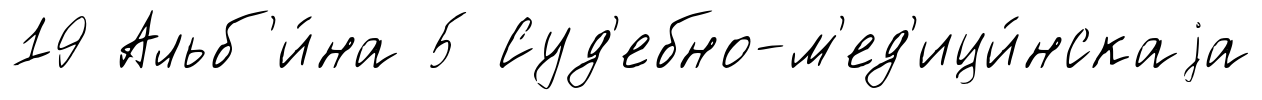
19 Альб'и́на 5 Суд'ебно-м'ед'ици́нскаjа